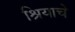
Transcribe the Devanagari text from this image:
श्रियाचे